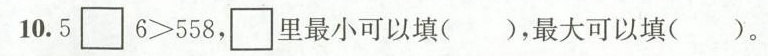
10. $$5 \Box 6 >5 5 8$$，\Box里最小可以填（ ），最大可以填（ ）。